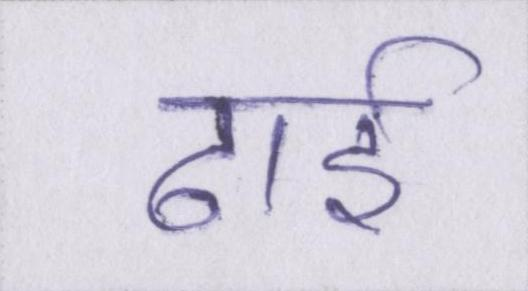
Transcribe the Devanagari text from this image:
ढाई